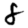
Digit: 8